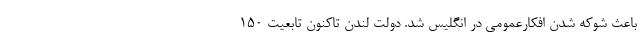
باعث شوکه شدن افکارعمومی در انگلیس شد. دولت لندن تاکنون تابعیت ۱۵۰